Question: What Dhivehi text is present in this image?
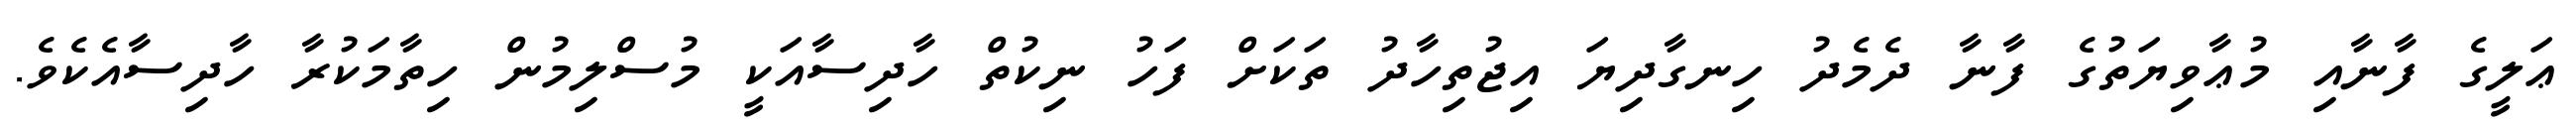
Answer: ޢަލީގެ ފާނާއި މުޢާވިޔަތުގެ ފާނާ ދެމެދު ހިނގާދިޔަ އިޖުތިހާދު ތަކަށް ފަހު ނިކުތް ހާދިސާއަކީ މުސްލިމުން ހިތާމަކުރާ ހާދިސާއެކެވެ.